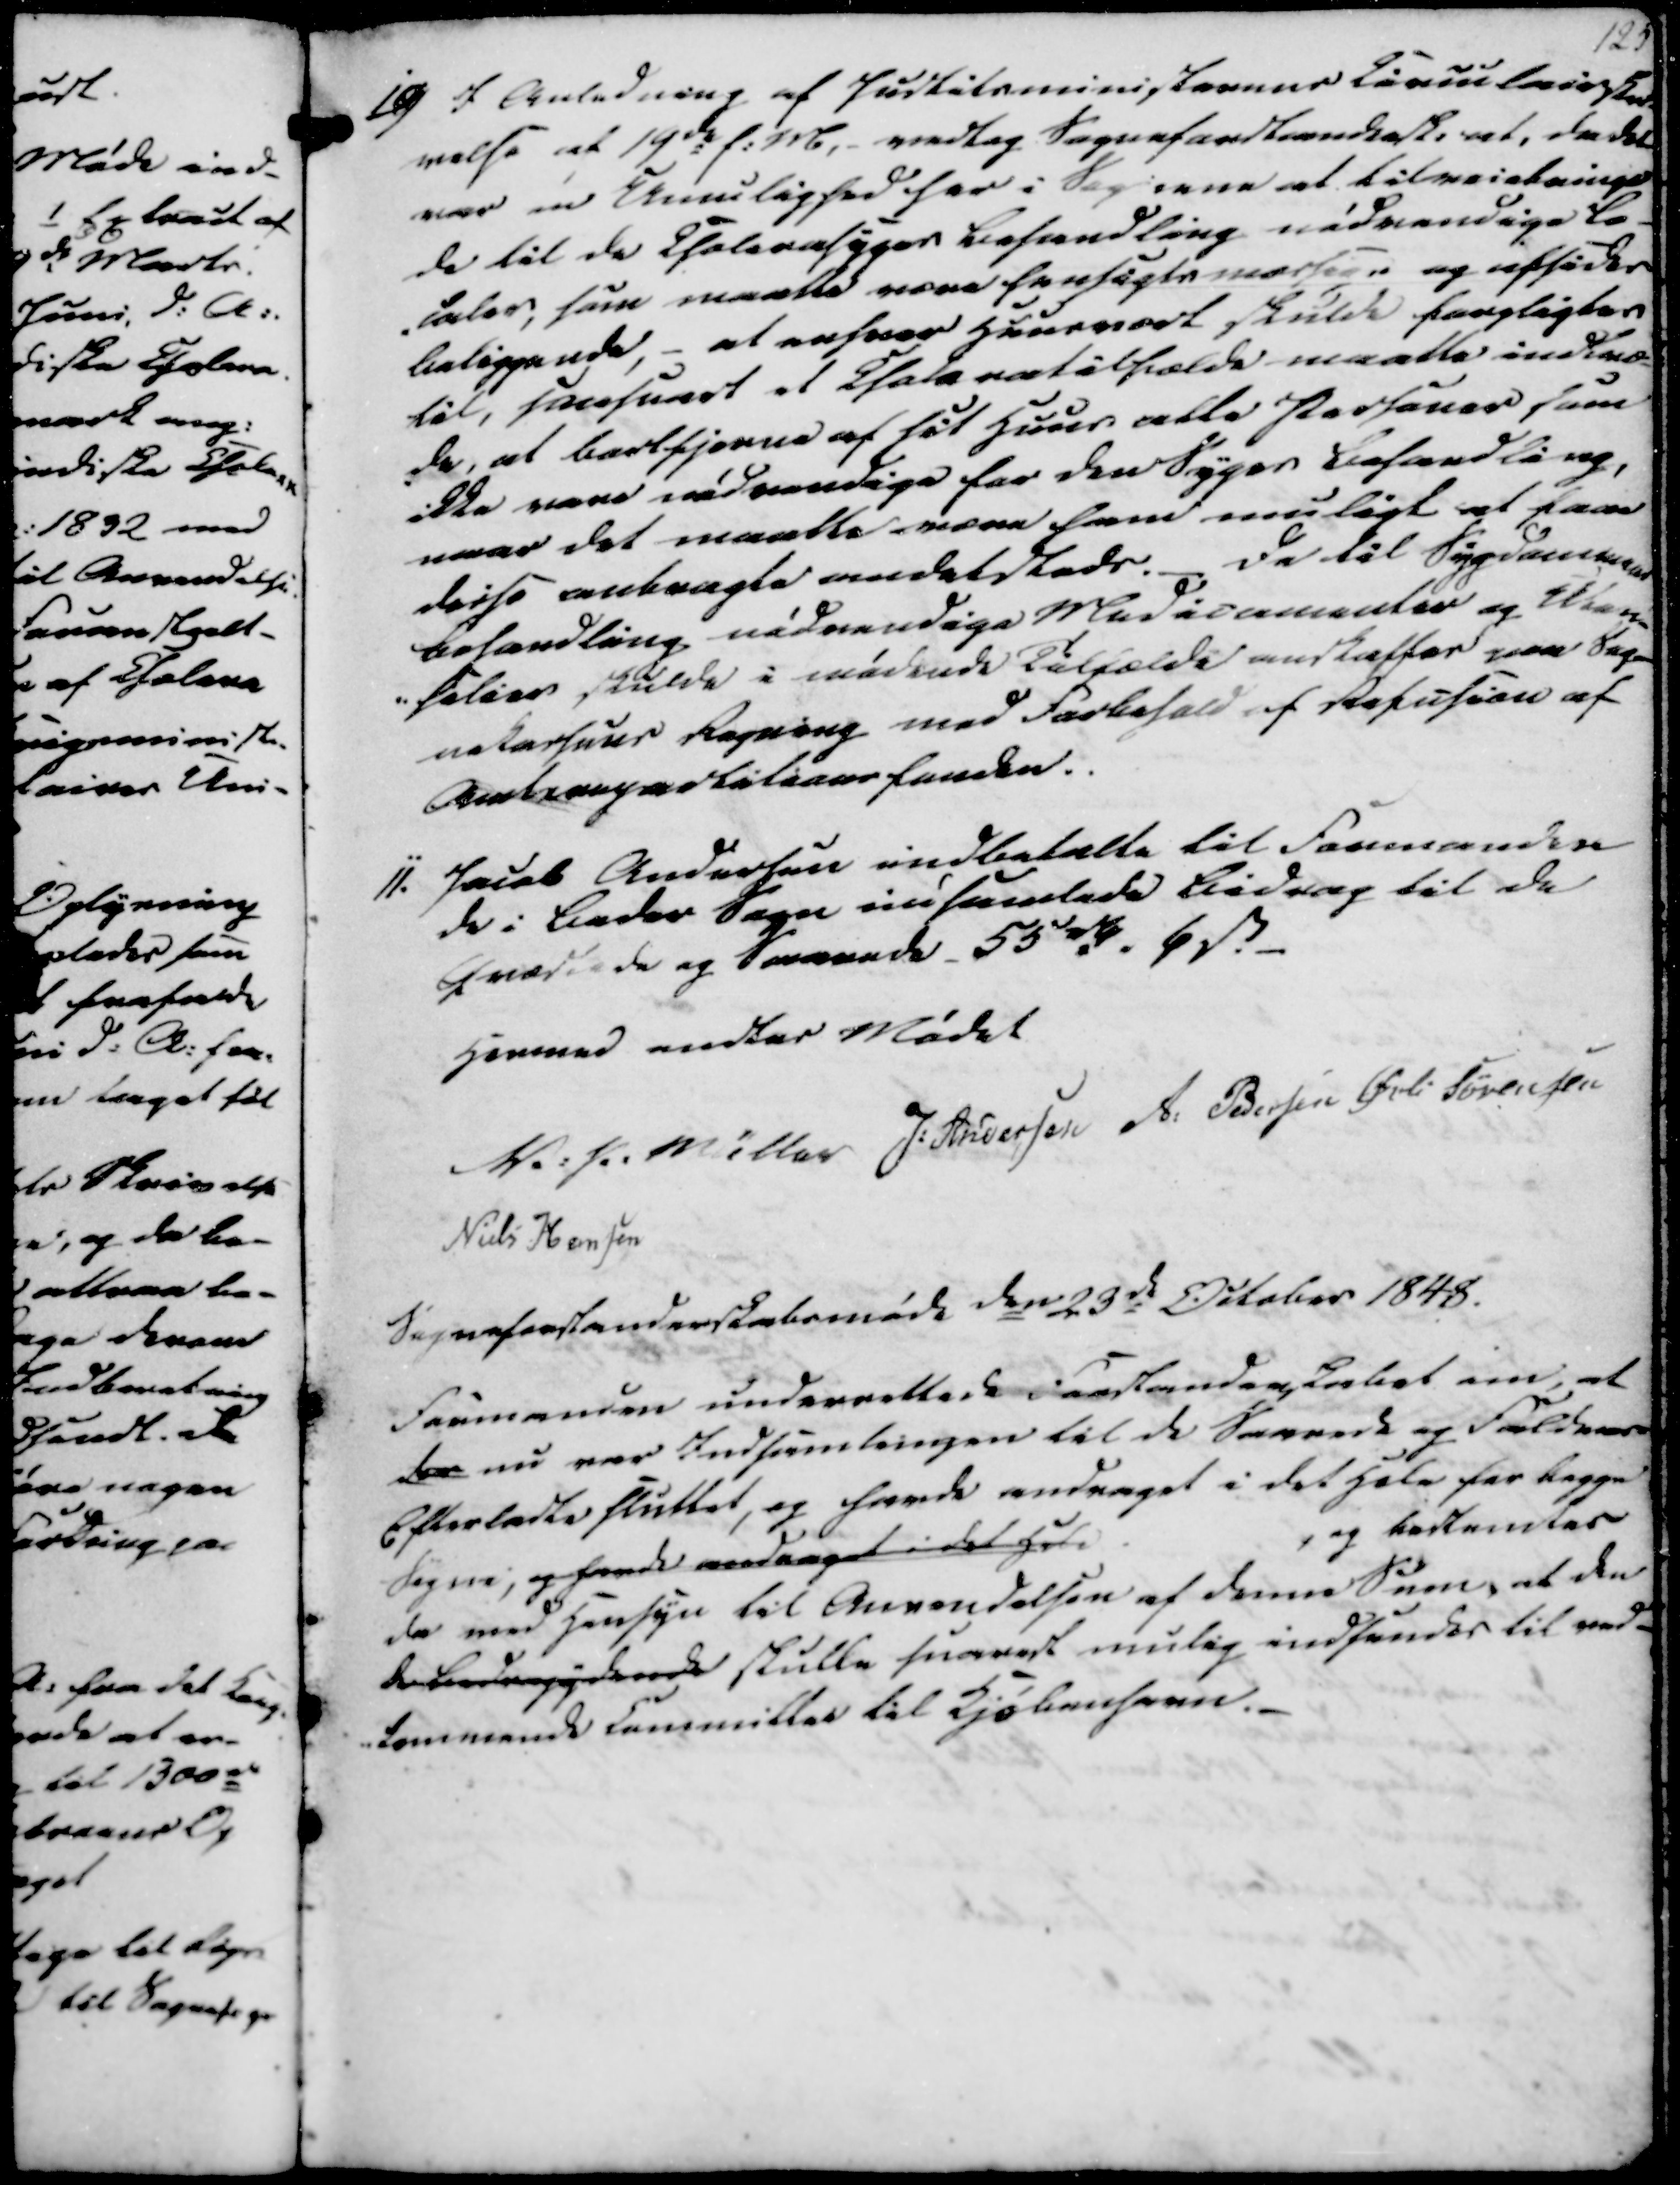
Transskription:
125
10) I Anledning af Justitsministerens Circulairskri
velse af 19de f.M., - vedtog Sogneforstandersk. at, da det
var en Umulighed her i Sognene at tilveiebringe
de til de Cholerasyges Behandling nødvendige Lo-
-caler, som maatte være hensigtsmæssige og afsides
beliggende, - at enhver Huusvært skulde forpligtes
til, saasnart et Choleratilfælde maatte indtræ-
-de, at bortfjerne af sit Huus alle Personer som
ikke være nødvendige for den Syges Behandling,
naar det maatte være ham muligt at faae
disse anbragte andetsteds. _ Da til Sygdommens
Behandling nødvendige Medicamenter og Ulen-
-selier skulde i mødende Tilfælde anskaffes paa Sog-
nekassens Regning med Forbehold af Refusion af
Amtsrepartitionsfonden.

11. Jacob Andersen indbetalte til Formanden
de i Beder Sogn indsamlede Bidrag til de
Qvæstede og Saarede 55 rd. 6 ẞ.
Hermed endtes Mødet
V. P. Müller
J. Andersen
A. Pedersen
Øvli Sørensen
Niels Hansen
Sogneforstanderskabsmøde den 23de October 1848.

Formanden underrettede Forstanderskabet om, at
der nu var Indsamlingen til de saarede og Faldnes
Efterladte sluttet, og havde andraget i det Hele for begge
Sogne, og havde andraget i det Hele.
, og bestemtes
da med Hensyn til Anvendelsen af denne Sum, at de
de bidragydende skulle snarest mulig indsendes til ved-
kommende Committer til Kjøbenhavn.